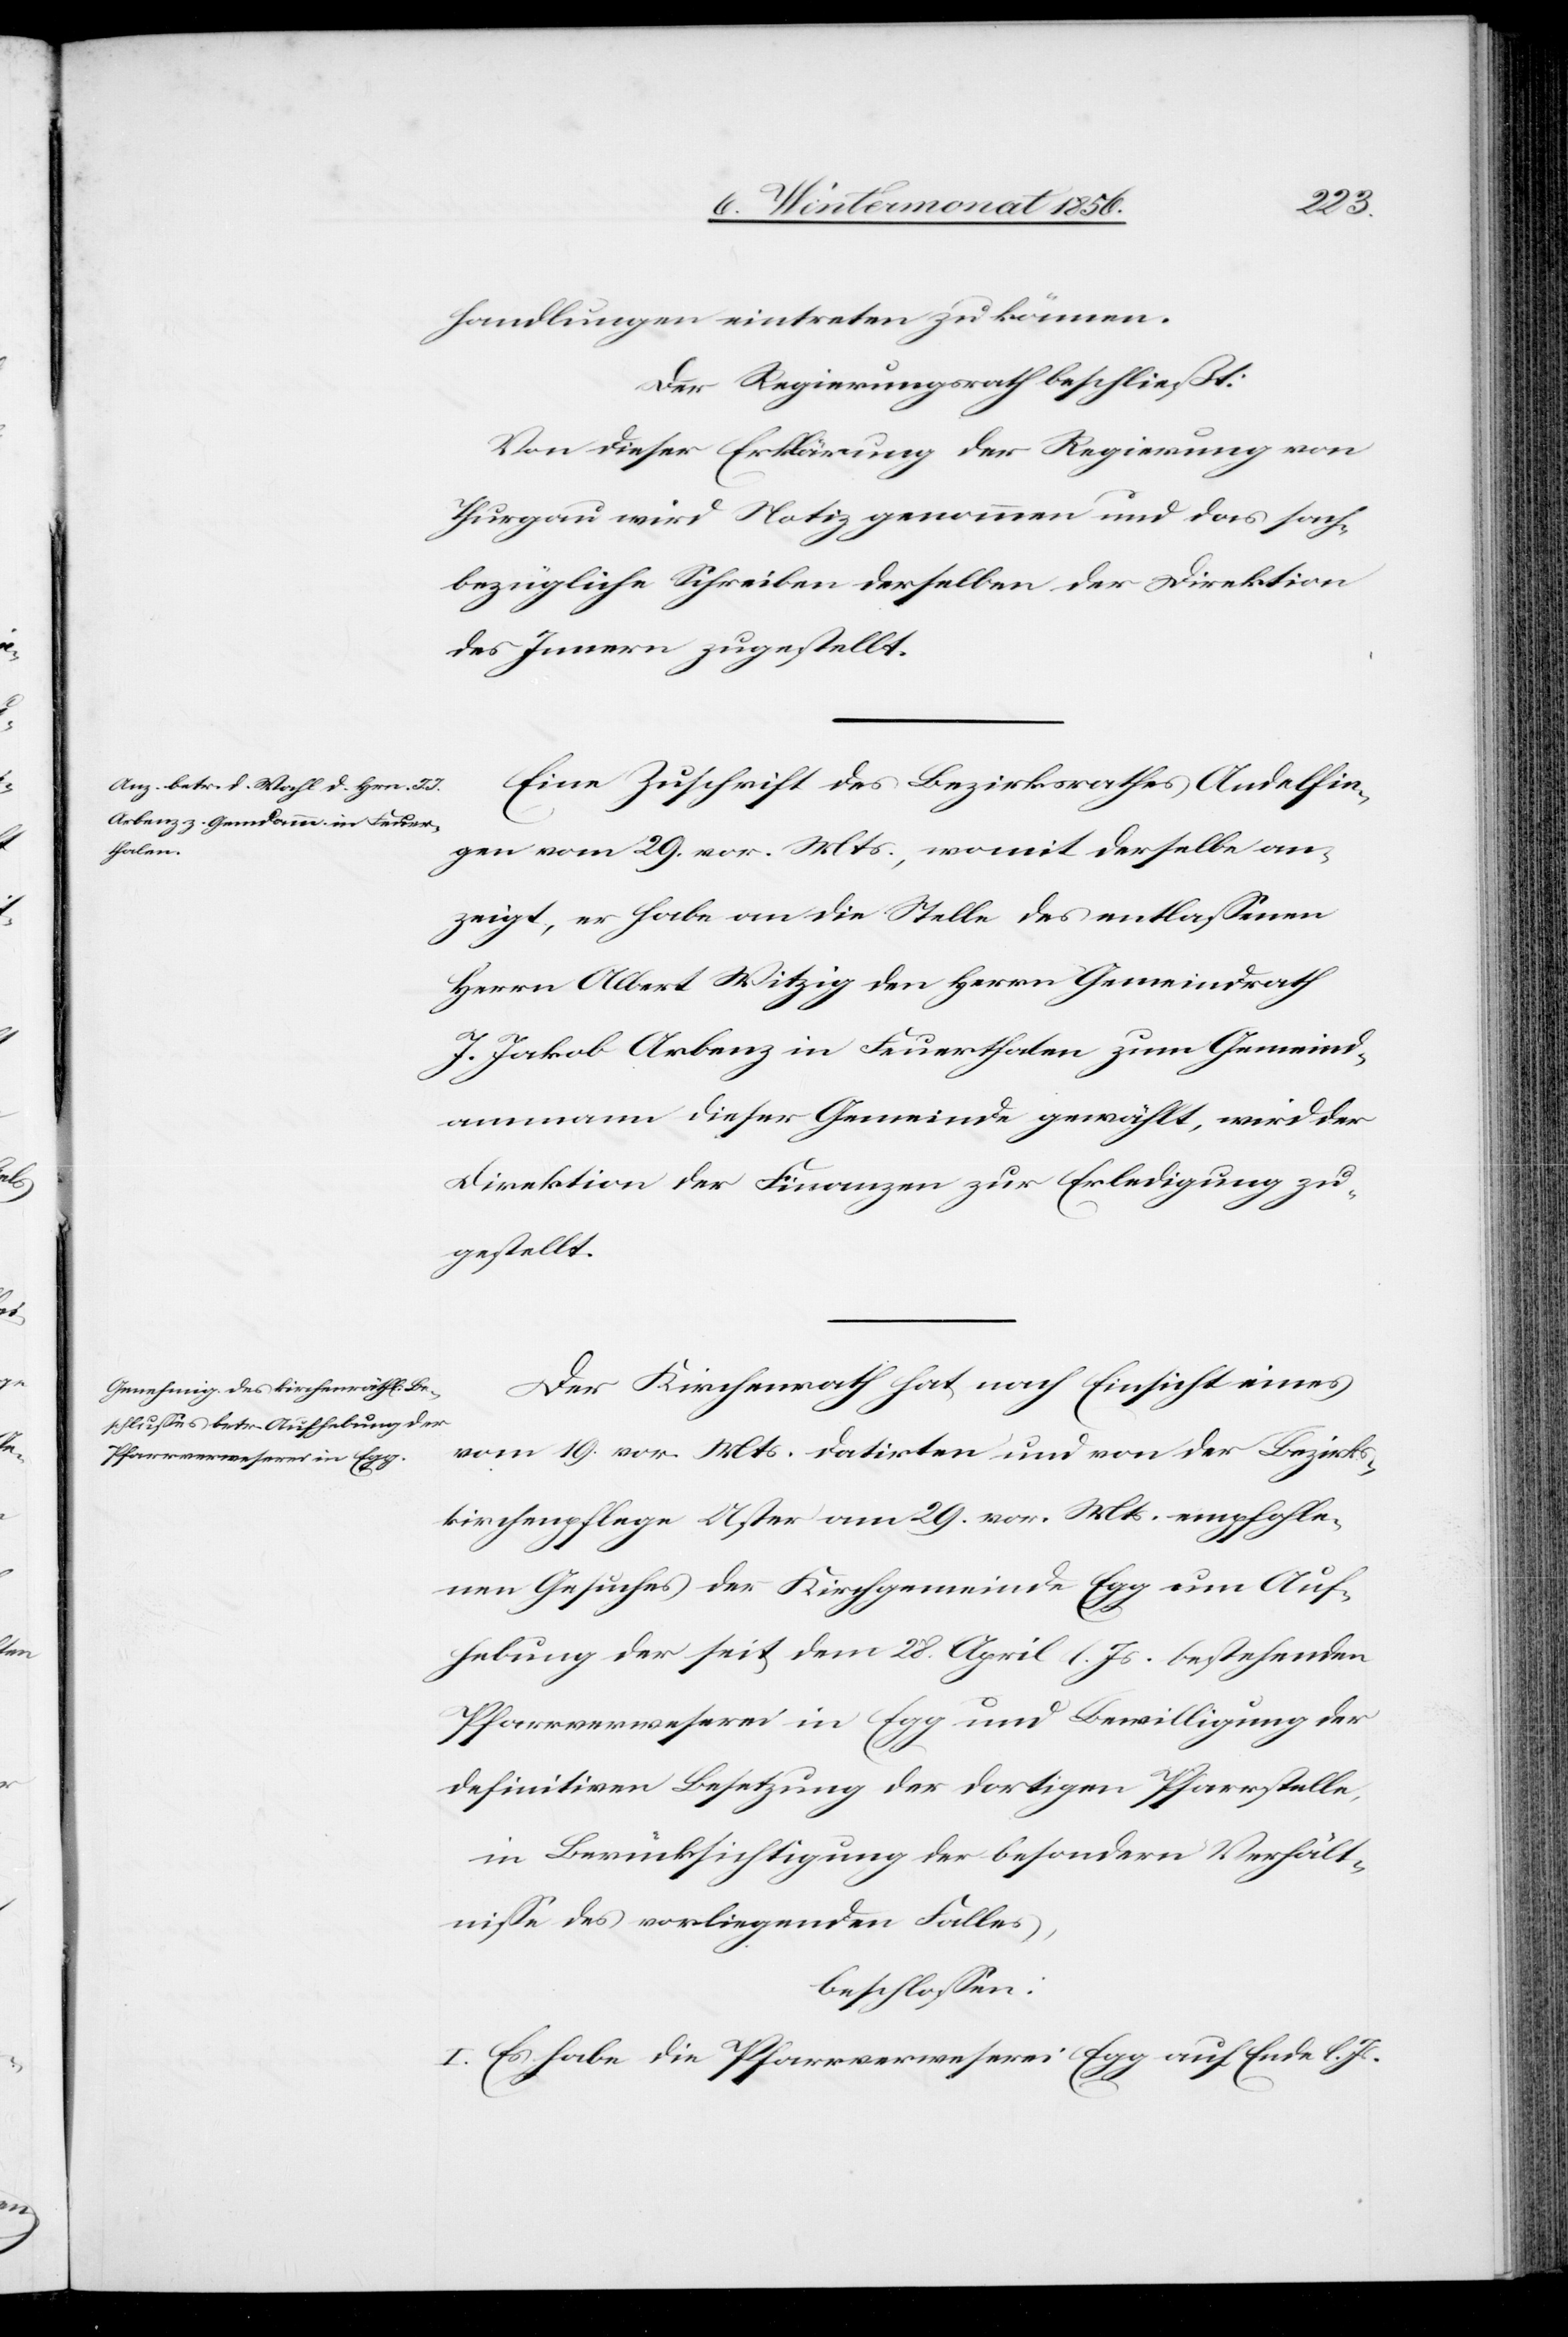
handlungen eintreten zu können.
Der Regierungsrath beschließt:
Von dieser Erklärung der Regierung von
Thurgau wird Notiz genommen und das sach¬
bezügliche Schreiben derselben der Direktion
des Innern zugestellt.
Eine Zuschrift des Bezirksrathes Andelfin¬
gen vom 29. vor. Mts., womit derselbe an¬
zeigt, er habe an die Stelle des entlassenen
Herrn Albert Witzig den Herrn Gemeindrath
J. Jakob Arbenz in Feuerthalen zum Gemeind¬
ammann dieser Gemeinde gewählt, wird der
Direktion der Finanzen zur Erledigung zu¬
gestellt.
Der Kirchenrath hat nach Einsicht eines
vom 19. vor. Mts. datirten und von der Bezirks¬
kirchenpflege Uster am 29. vor. Mts. empfohle¬
nen Gesuches der Kirchgemeinde Egg um Auf¬
hebung der seit dem 28. April l. Js. bestehenden
Pfarrverweserei in Egg und Bewilligung der
definitiven Besetzung der dortigen Pfarrstelle,
in Berücksichtigung der besondern Verhält¬
nisse des vorliegenden Falles,
beschlossen:
I. Es habe die Pfarrverweserei Egg auf Ende l. Js.